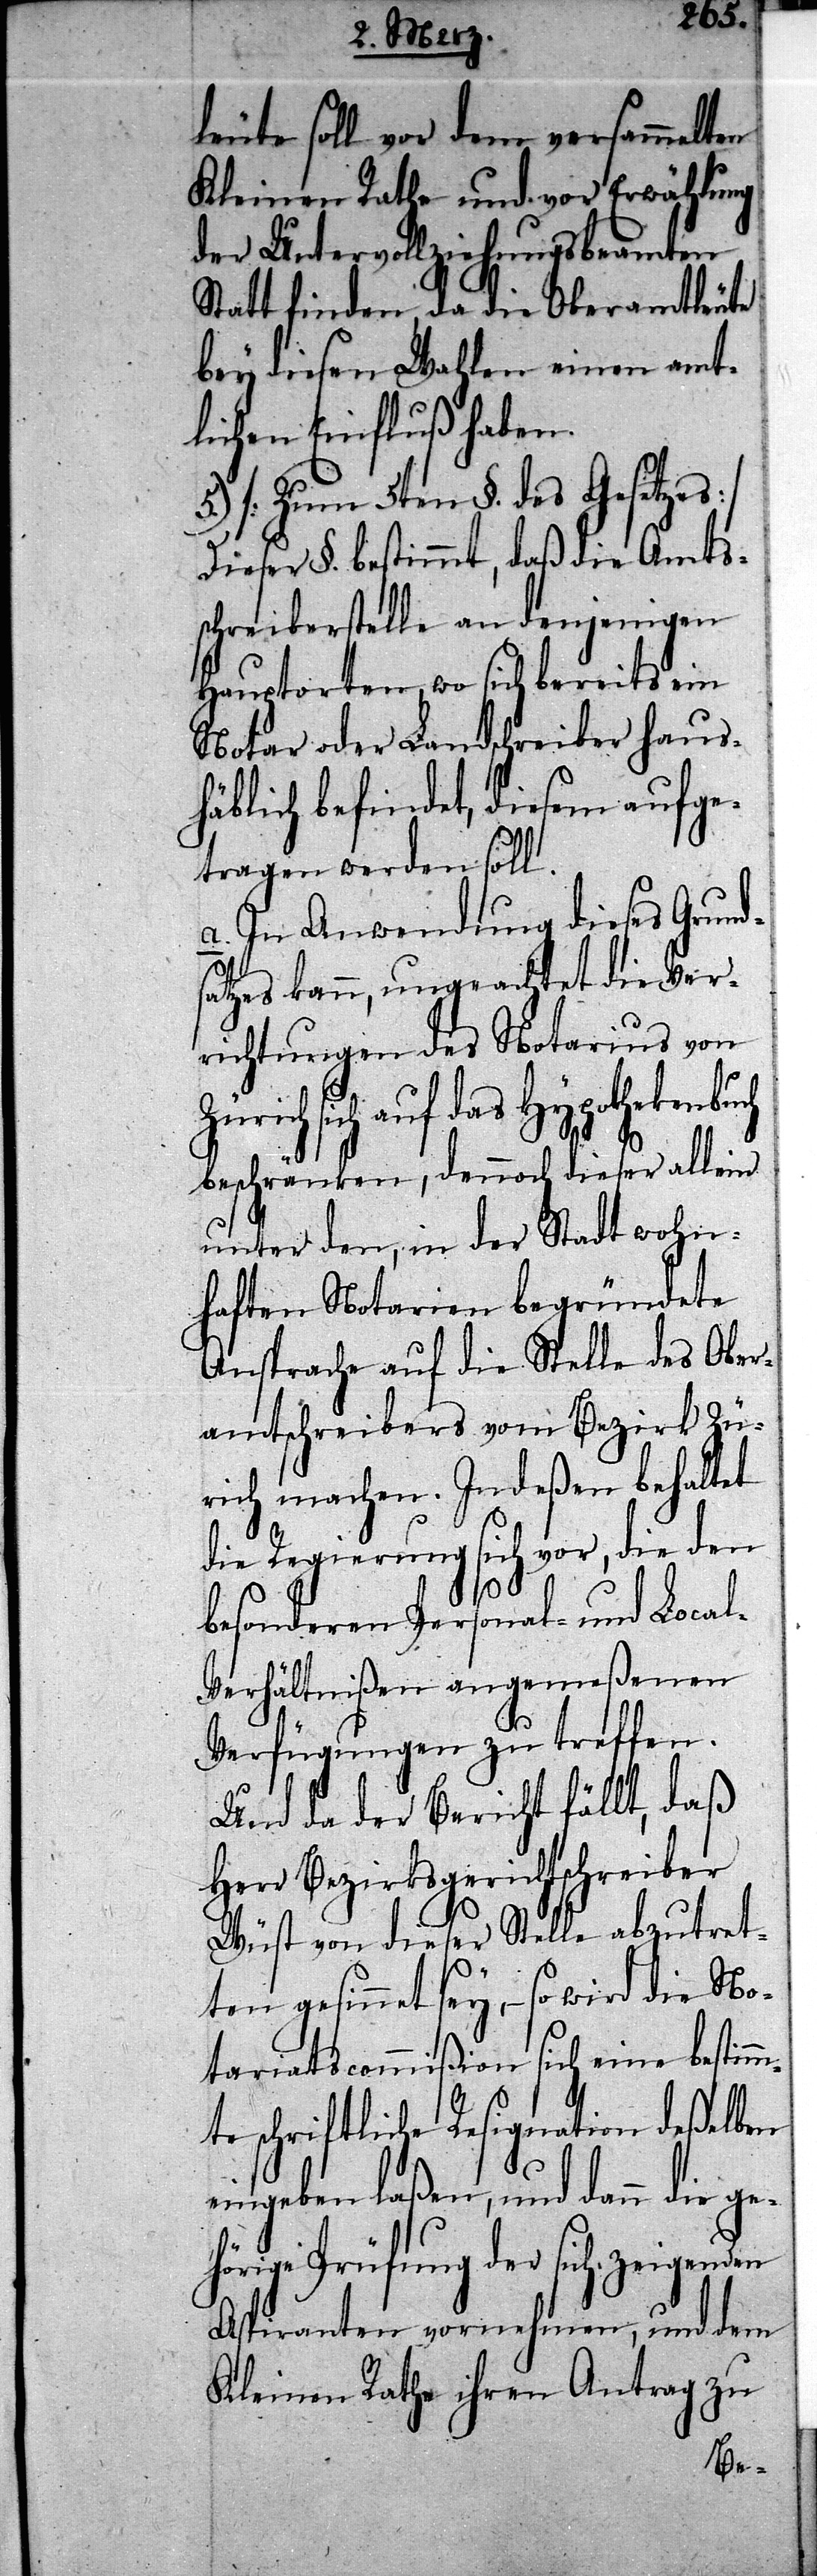
leute soll vor dem versammelten
Kleinen Rathe und vor Erwählung
der Untervollziehungsbeamten
Statt finden, da die Oberamtleute
bey diesen Wahlen einen amt¬
lichen Einfluß haben.
5.) [Zum 5ten §. des Gesetzes]
Dieser §. bestimmt, daß die Amts¬
schreiberstelle an denjenigen
Hauptorten, wo sich bereits ein
Notar oder Landschreiber haus¬
häblich befindet, diesem aufge¬
tragen werden soll.
a. In Anwendung dieses Grund¬
satzes kann, ungeachtet die Ver¬
richtungen des Notarius von
sich auf das Hypothekenbuch
beschränken, dennoch dieser allein
unter den, in der Stadt wohn¬
haften Notarien begründete
Ansprache auf die Stelle des Ober¬
amtschreibers vom Bezirk Zü¬
rich machen. Indeßen behaltet
die Regierung sich vor, die den
besonderen Personal- und Local-V¬
erhältnißen angemeßenen
Verfügungen zu treffen.
Und da der Bericht fällt, daß
Herr Bezirksgerichtschreiber
Wüst von dieser Stelle abzutret¬
ten gesinnet sey, – so wird die No¬
tariatscommißion sich eine bestimm¬
te schriftliche Resignation deßelben
eingeben laßen, und dann die g¬
ehörige Prüfung der sich zeigenden
Aspiranten vornehmen, und dem
Kleinen Rathe ihren Antrag zu